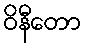
ဝိနီတော